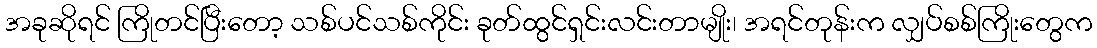
အခုဆိုရင် ကြိုတင်ပြီးတော့ သစ်ပင်သစ်ကိုင်း ခုတ်ထွင်ရှင်းလင်းတာမျိုး၊ အရင်တုန်းက လျှပ်စစ်ကြိုးတွေက